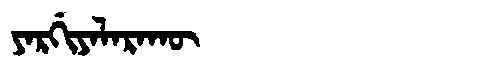
Manchu: ᠶᠠᡵᡤᡳᠶᠠᠯᠠᡵᠠᡴᡡ
Romanization: YARGIYALARAKŪ